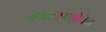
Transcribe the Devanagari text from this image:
उभारणीनेच